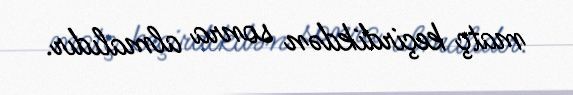
matç keçirdikdən sonra almalıdır.